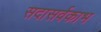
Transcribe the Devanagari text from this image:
सदासर्वकाभ